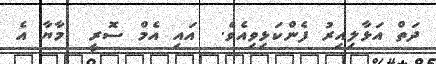
ދަތް އަޅާލިއިރު ފެންކަޅިވިއެވެ.  އައި އެމް ސޮރީ  މާޔާ އެ